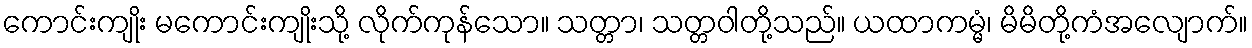
ကောင်းကျိုး မကောင်းကျိုးသို့ လိုက်ကုန်သော။ သတ္တာ၊ သတ္တဝါတို့သည်။ ယထာကမ္မံ၊ မိမိတို့ကံအလျောက်။